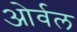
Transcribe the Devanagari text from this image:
ओर्वल